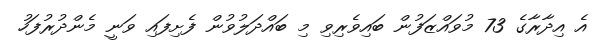
އެ އިދާރާގެ 73 މުވައްޒަފުން ބައިވެރިވި މި ބައްދަލުވުން ފެށިފައި ވަނީ މެންދުރުފަހު